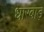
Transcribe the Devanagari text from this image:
धारबाड़